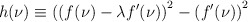
\begin{align*}h(\nu) \equiv \left( (f(\nu) - \lambda f'(\nu)\right)^2 -\left(f' (\nu)\right)^2\end{align*}